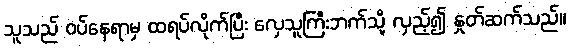
သူသည် ဝပ်နေရာမှ ထရပ်လိုက်ပြီး လှေသူကြီးဘက်သို့ လှည့်၍ နှုတ်ဆက်သည်။